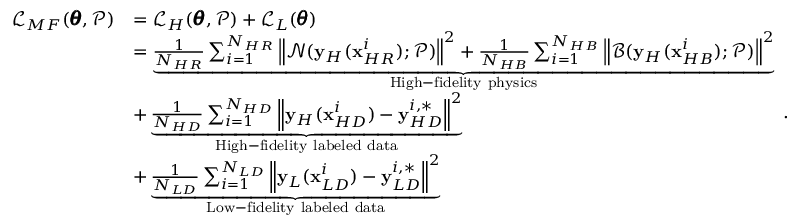
\begin{array} { r l } { \mathcal { L } _ { M F } ( \pmb { \theta } , \mathcal { P } ) } & { = \mathcal { L } _ { H } ( \pmb { \theta } , \mathcal { P } ) + \mathcal { L } _ { L } ( \pmb { \theta } ) } \\ & { = \underbrace { \frac { 1 } { N _ { H R } } \sum _ { i = 1 } ^ { N _ { H R } } { \left\| \mathcal { N } ( \mathbf { y } _ { H } ( \mathbf { x } _ { H R } ^ { i } ) ; \mathcal { P } ) \right\| ^ { 2 } } + \frac { 1 } { N _ { H B } } \sum _ { i = 1 } ^ { N _ { H B } } { \left\| \mathcal { B } ( \mathbf { y } _ { H } ( \mathbf { x } _ { H B } ^ { i } ) ; \mathcal { P } ) \right\| ^ { 2 } } } _ { \mathrm { H i g h - f i d e l i t y ~ p h y s i c s } } } \\ & { + \underbrace { \frac { 1 } { N _ { H D } } \sum _ { i = 1 } ^ { N _ { H D } } { \left\| \mathbf { y } _ { H } ( \mathbf { x } _ { H D } ^ { i } ) - \mathbf { y } _ { H D } ^ { i , * } \right\| ^ { 2 } } } _ { \mathrm { H i g h - f i d e l i t y ~ l a b e l e d ~ d a t a } } } \\ & { + \underbrace { \frac { 1 } { N _ { L D } } \sum _ { i = 1 } ^ { N _ { L D } } { \left\| \mathbf { y } _ { L } ( \mathbf { x } _ { L D } ^ { i } ) - \mathbf { y } _ { L D } ^ { i , * } \right\| ^ { 2 } } } _ { \mathrm { L o w - f i d e l i t y ~ l a b e l e d ~ d a t a } } } \end{array} .